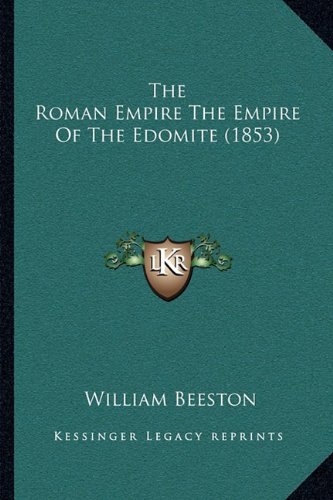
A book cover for The Roman Empire The Empire Of The Edomite (1853); William Beeston; Literature & Fiction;